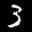
Label: 3